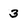
Character: 3